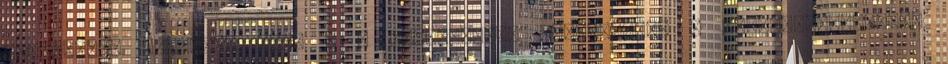
Világjárók sorozat: Irán – a Minálunk.hu beszámolója 0 KONCERTFELVÉTELEK